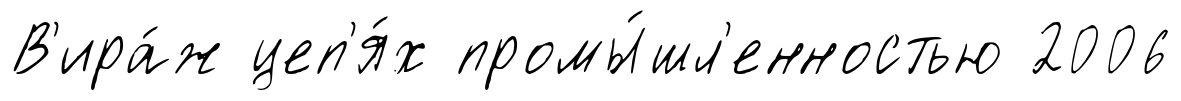
В'ира́ж цеп'я́х промы́шл'енностью 2006